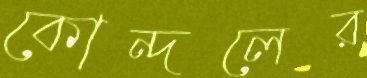
কোন্দলের